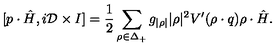
[ p \cdot \hat { H } , i { \cal D } \times I ] = { \frac { 1 } { 2 } } \sum _ { \rho \in \Delta _ { + } } { g _ { | \rho | } | \rho | ^ { 2 } } V ^ { \prime } ( \rho \cdot q ) \rho \cdot \hat { H } .